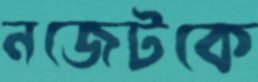
নজেটকে